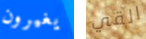
يغيرون القي